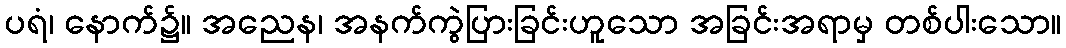
ပရံ၊ နောက်၌။ အညေန၊ အနက်ကွဲပြားခြင်းဟူသော အခြင်းအရာမှ တစ်ပါးသော။